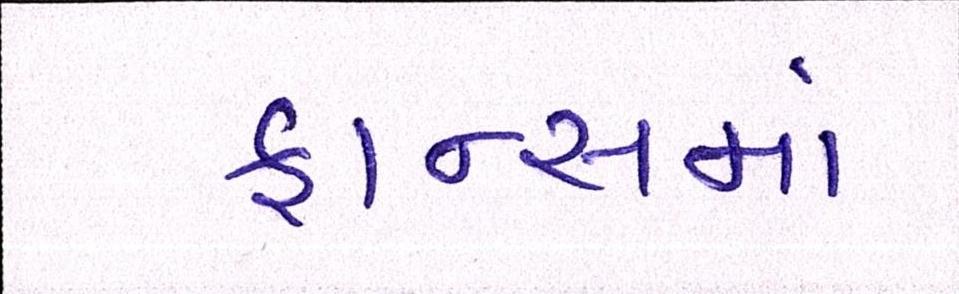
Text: ફ્રાન્સમાં